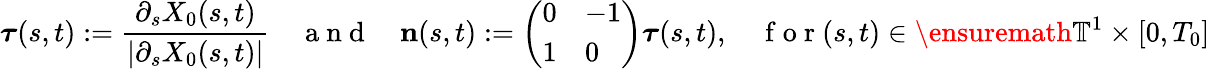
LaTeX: {\boldsymbol{\tau}}(s,t):=\frac{\partial_{s}X_{0}(s,t)}{|\partial_{s}X_{0}(s,t)|}\quad\mathrm{~a~n~d~}\quad\mathbf{n}(s,t):=\left(\begin{array}{ll}{0}&{-1}\\ {1}&{0}\end{array}\right){\boldsymbol{\tau}}(s,t),\quad\mathrm{~f~o~r~}(s,t)\in\ensuremath{\mathbb{T}}^{1}\times[0,T_{0}]